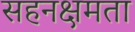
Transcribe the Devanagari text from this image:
सहनक्षमता